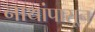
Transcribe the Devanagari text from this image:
नाथांपासून